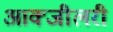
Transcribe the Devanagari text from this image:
आक्जीलरी